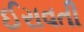
ઈરાવતી